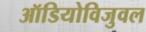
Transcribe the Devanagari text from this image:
ऑडियोविजुवल